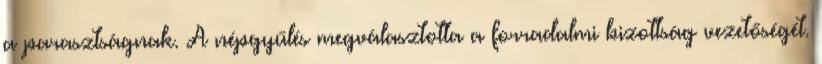
a parasztságnak. A népgyűlés megválasztotta a forradalmi bizottság vezetőségét.